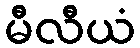
မီလီယံ